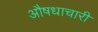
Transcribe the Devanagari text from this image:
औषधाचारी